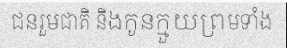
ជនរួមជាតិ និងកូនក្មួយព្រមទាំង